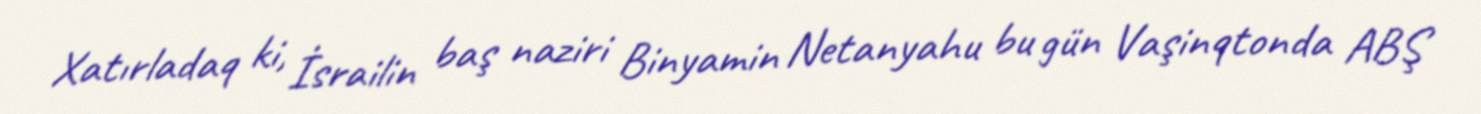
Xatırladaq ki, İsrailin baş naziri Binyamin Netanyahu bu gün Vaşinqtonda ABŞ